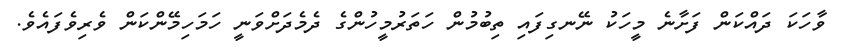
ވާހަކަ ދައްކަން ފަށާނެ މީހަކު ނޭނގިފައި ތިބުމުން ހަތަރުމީހުންގެ ދެމެދަށްވަނީ ހަމަހިމޭންކަން ވެރިވެފައެވެ.